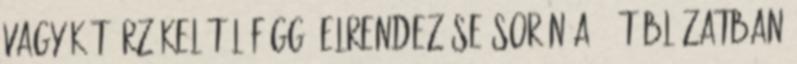
vagy két érzékelõtõl függõ elrendezése során a 2. táblázatban